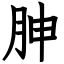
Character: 胂